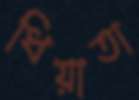
ধিয়াতা